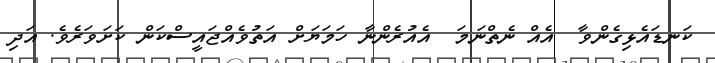
ކަނޑައެޅިގެންވާ  އެއް ނެތްނަމަ  އެއުރެންނާ ހަމަޔަށް އަތުވެއްޖައީސްކަން ކަށަވަރެވެ. އަދި